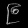
Digit: ၉